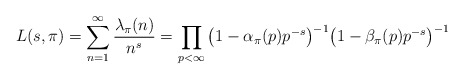
\begin{align*}L(s,\pi) =\sum_{n=1}^{\infty} \frac{\lambda_{\pi}(n)}{n^s}=\prod_{p<\infty}\big(1-\alpha_\pi(p)p^{-s} \big)^{-1} \big(1- \beta_\pi(p)p^{-s} \big)^{-1}\end{align*}